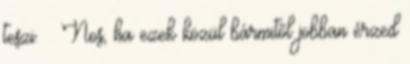
teszi. – Nos, ha ezek közül bármitől jobban érzed